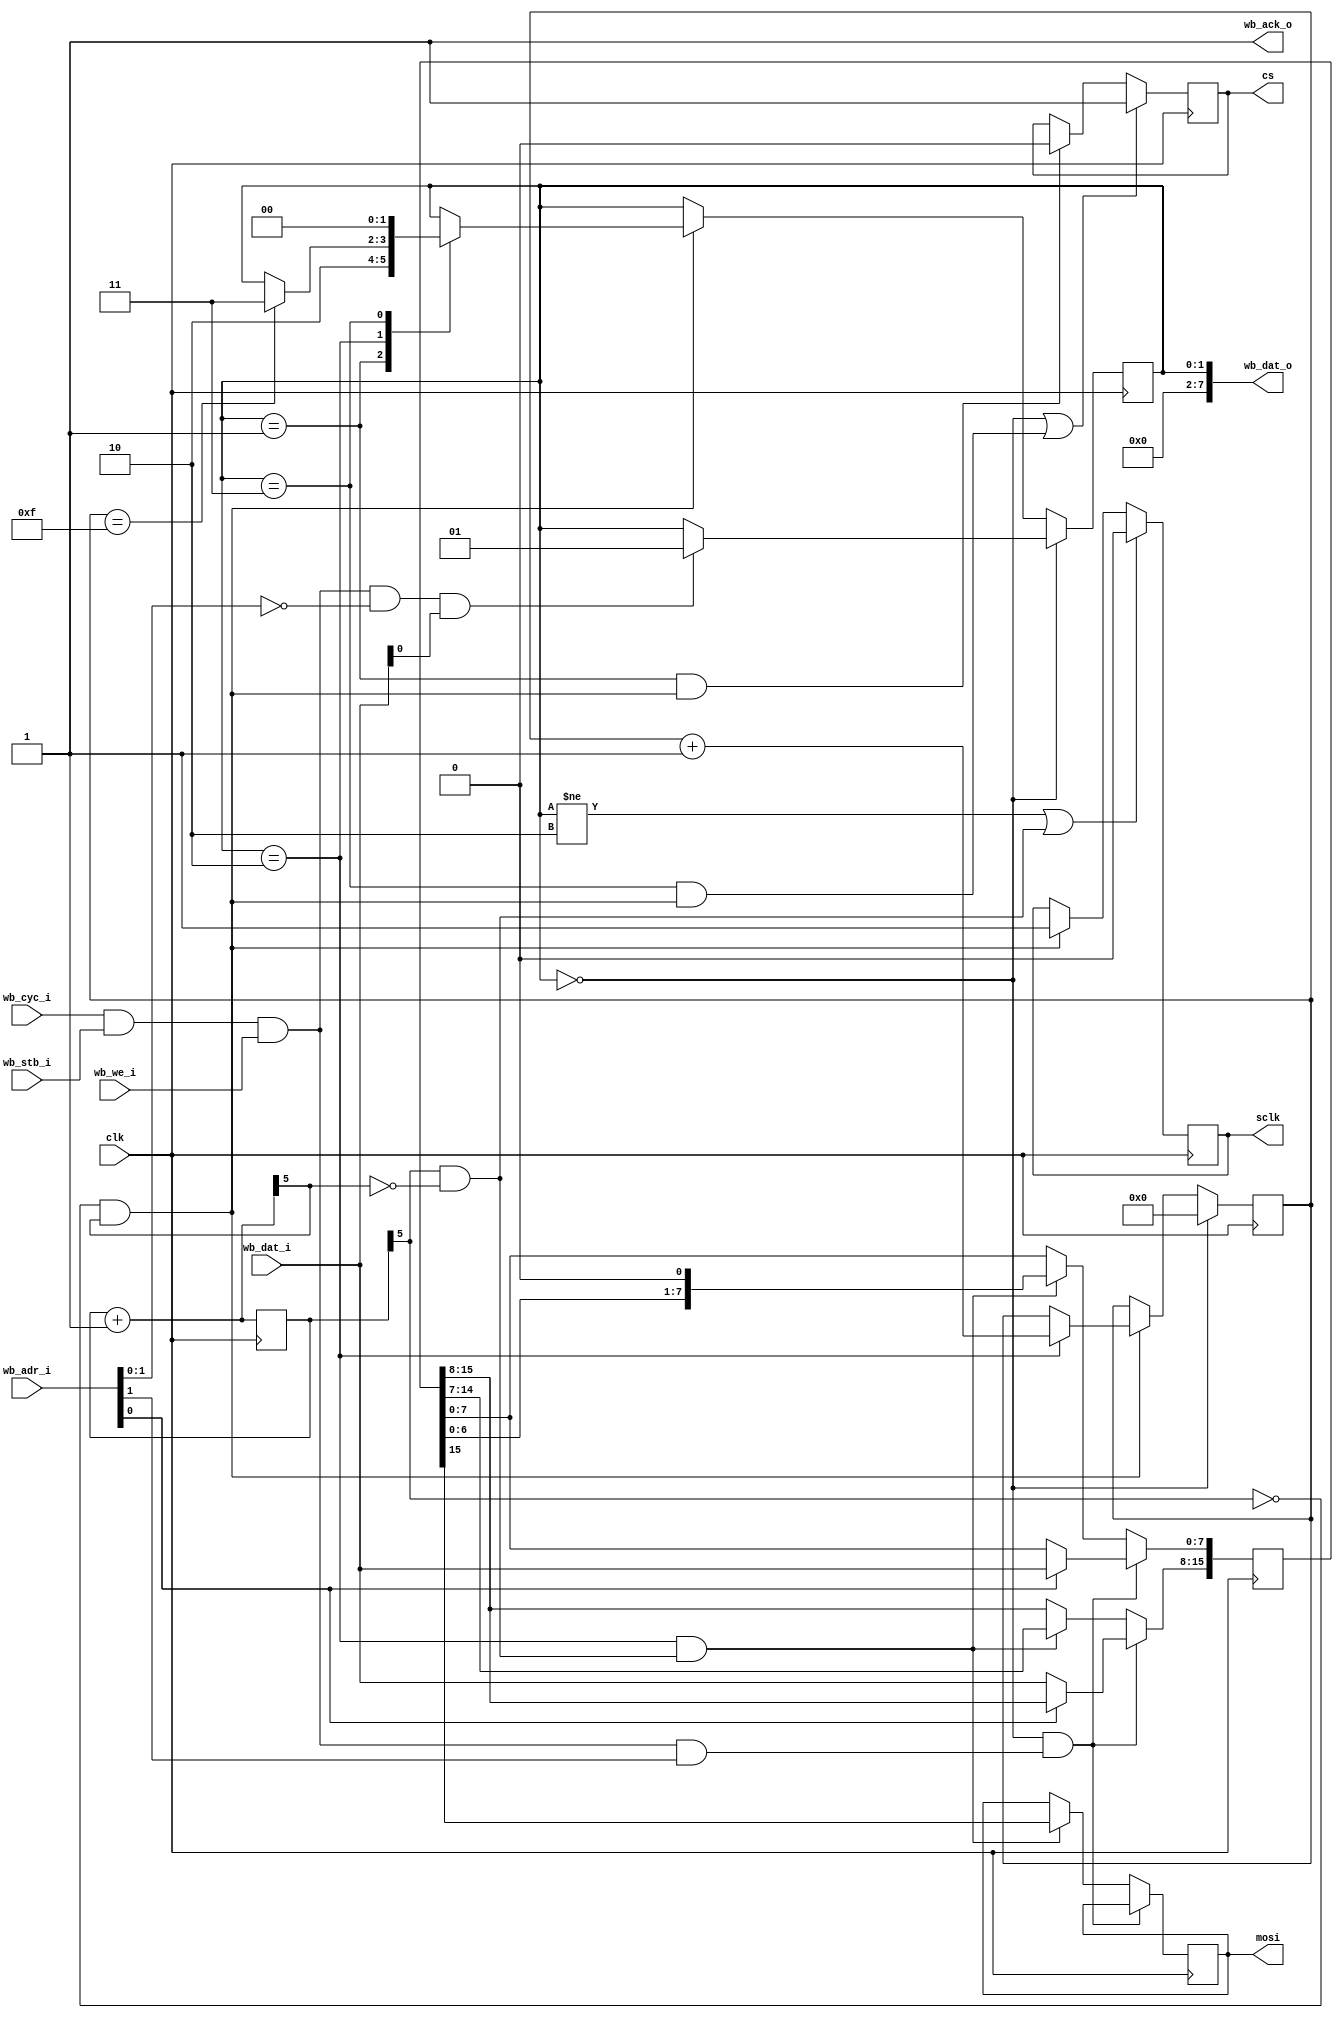
// MAX19506 spi message sending
//
// Copyright (C) 2023  Kevin O'Connor <kevin@koconnor.net>
//
// This file may be distributed under the terms of the GNU GPLv3 license.

module maxadcspi #(
    parameter CLOCK_FREQUENCY = 125000000
    )(
    input clk,
    output reg mosi, output reg sclk, output reg cs,

    input wb_stb_i, input wb_cyc_i, input wb_we_i,
    input [7:0] wb_adr_i,
    input [7:0] wb_dat_i,
    output [7:0] wb_dat_o,
    output wb_ack_o
    );

    // SPI bit rate
    localparam MAX_FREQ = 2000000;
    localparam CNTBITS = $clog2(CLOCK_FREQUENCY / MAX_FREQ);
    reg [(CNTBITS-1):0] cnt;
    reg [(CNTBITS-1):0] next_cnt;
    always @(*)
        next_cnt = cnt + 1'b1;
    always @(posedge clk)
        cnt <= next_cnt;
    wire is_rising_edge = !cnt[CNTBITS-1] && next_cnt[CNTBITS-1];
    wire is_falling_edge = cnt[CNTBITS-1] && !next_cnt[CNTBITS-1];

    // Transmit state tracking
    localparam S_IDLE=0, S_NEED_CS=1, S_TX_DATA=2, S_END=3;
    reg [1:0] state;
    reg [3:0] tx_cnt;
    wire is_command_start;
    always @(posedge clk) begin
        if (state == S_IDLE) begin
            tx_cnt <= 0;
            if (is_command_start)
                state <= S_NEED_CS;
        end else if (is_rising_edge) begin
            case (state)
            S_NEED_CS: begin
                state <= S_TX_DATA;
            end
            S_TX_DATA: begin
                if (tx_cnt == 15)
                    state <= S_END;
                tx_cnt <= tx_cnt + 1'b1;
            end
            S_END: begin
                state <= S_IDLE;
            end
            endcase
        end
    end

    // SPI signal assignment
    always @(posedge clk) begin
        if (state == S_IDLE || (state == S_END && is_rising_edge))
            cs <= 1;
        else if (state == S_NEED_CS && is_rising_edge)
            cs <= 0;
    end
    always @(posedge clk) begin
        if (state != S_TX_DATA || is_falling_edge)
            sclk <= 0;
        else if (is_rising_edge)
            sclk <= 1;
    end
    wire is_command_set_data;
    reg [15:0] tx_data;
    always @(posedge clk) begin
        if (state == S_IDLE && is_command_set_data) begin
            if (wb_adr_i[0])
                tx_data[7:0] <= wb_dat_i;
            else
                tx_data[15:8] <= wb_dat_i;
        end else if (state == S_TX_DATA && is_falling_edge) begin
            mosi <= tx_data[15];
            tx_data <= { tx_data[14:0], 1'b0 };
        end
    end

    // Wishbone command handling
    wire is_command = wb_cyc_i && wb_stb_i && wb_we_i;
    assign is_command_start = is_command && wb_adr_i[1:0] == 0 && wb_dat_i[0];
    assign is_command_set_data = is_command && wb_adr_i[1];
    assign wb_dat_o = state;
    assign wb_ack_o = 1;

endmodule